Scottish Leaving Certificate Examination, 1956
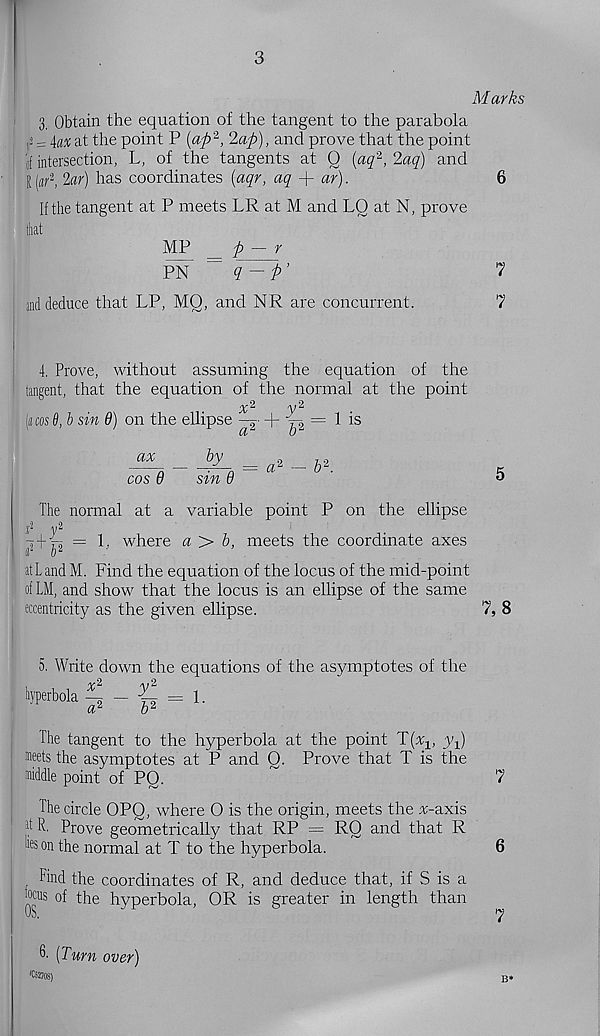
3
Marks
3. Obtain the equation of the tangent to the parabola
; ,3 = \a% at the point P (ap‘ 2 , 2ap), and prove that the point
of intersection, L, of the tangents at 0 [aq 2 , 2aq) and
I
2«f) has coordinates (aqr, aq + ar).
6
If the tangent at P meets LR at M and LO at N, prove
that
MP _ p - r
pn
q-p’
'7
and deduce that LP, MO, and NR are concurrent.
7
4. Prove, without assuming the equation of the
tangent, that the equation of the normal at the point
uos 0, b sin 9) on the ellipse —g - + h2
6 2 = 1 is
ax
by
cos 9
sin 9
= a 2
The normal at a variable point P on the ellipse
i 2 y 2
y-f ta = 1, where a >
meets the coordinate axes
at Land M. Find the equation of the locus of the mid-point
ofLM, and show that the locus is an ellipse of the same
eccentricity as the given ellipse.
7, 8
5. Write down the equations of the asymptotes of the
1.
hyperbola ~ ~ y
a 2
b 2
The tangent to the hyperbola at the point T(n; 1 , y 1 )
wets the asymptotes at P and Q. Prove that T is the
middle point of PO.
7
The circle OPQ, where O is the origin, meets the ^c-axis
1 d R. Prove geometrically that RP = RQ and that R
| feon the normal at T to the hyperbola.
6
; Find the coordinates of R, and deduce that, if S is a
foois of the hyperbola, OR is greater in length than
OS.
<y
6- (Turn over)
' Ci!70S)